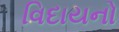
વિદાયનો